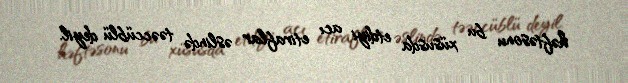
həftəsonu bu xüsusda etdiyi acı etiraflar əslində təəccüblü deyil.